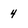
Character: 4